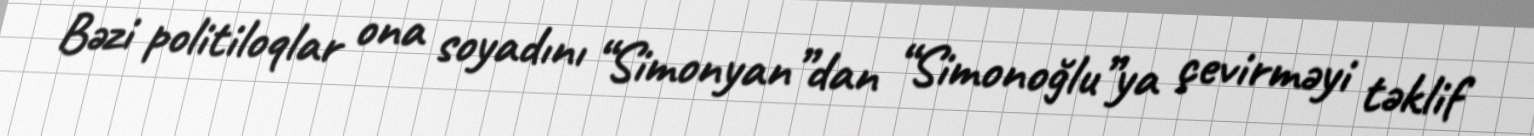
Bəzi politiloqlar ona soyadını “Simonyan”dan “Simonoğlu”ya çevirməyi təklif